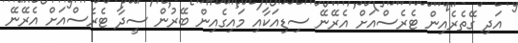
އަދި ގޭތެރެއިން ޓެރެސްއަށް އެރޭނޭ ސިޑިއަކާއި މައިގެއިން ބޭރުން ސީދާ ޓެރެސްއަށް އެރޭނޭ